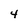
Character: 4